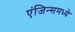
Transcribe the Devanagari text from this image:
एंजिन्समध्ये